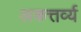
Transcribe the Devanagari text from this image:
अकत्तर्व्य